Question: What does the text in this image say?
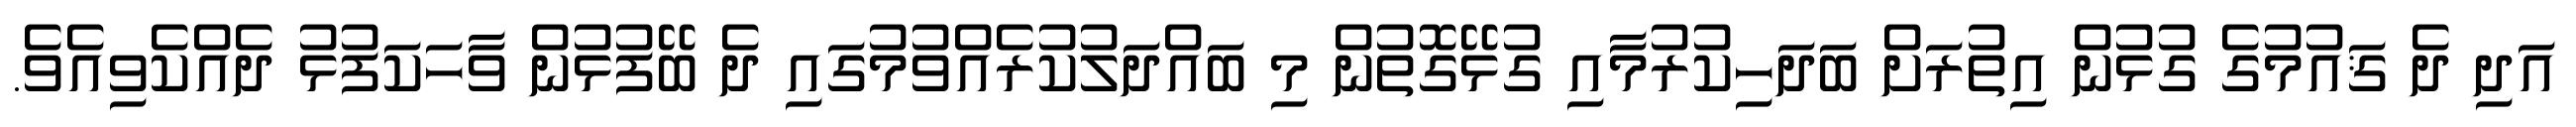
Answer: އަދި ދެ ޤައުމުގެ ގުޅުން އިތުރަށް ބަދަހިކުރުމާއި ގުޅޭގޮތުން މި ބައްދަލުކުރެއްވުމުގައި ދެ ބޭފުޅުން ވާހަކަފުޅު ދެއްކެވިއެވެ.